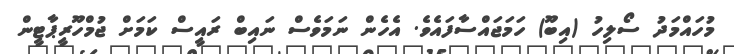
މުހައްމަދު ސޯލިހު (އިބޫ) ހަމަޖައްސާފައެވެ. އެހެން ނަމަވެސް ނައިބް ރައީސް ކަަމަށް ޖުމްހޫރީޕާޓީން